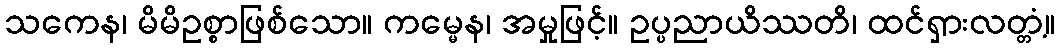
သကေန၊ မိမိဥစ္စာဖြစ်သော။ ကမ္မေန၊ အမှုဖြင့်။ ဥပ္ပညာယိဿတိ၊ ထင်ရှားလတ္တံ့။